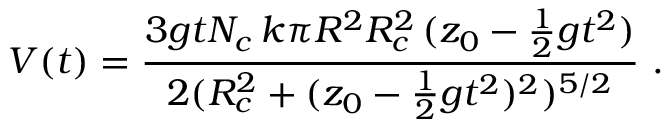
V ( t ) = \frac { 3 g t N _ { c } \, k \pi R ^ { 2 } R _ { c } ^ { 2 } \, ( z _ { 0 } - \frac { 1 } { 2 } g t ^ { 2 } ) } { 2 ( R _ { c } ^ { 2 } + ( z _ { 0 } - \frac { 1 } { 2 } g t ^ { 2 } ) ^ { 2 } ) ^ { 5 / 2 } } \, \, .